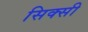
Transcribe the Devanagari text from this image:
सिक्सी